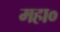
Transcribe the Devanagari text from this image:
महा०